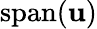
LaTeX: \operatorname{span}(\mathbf{u})